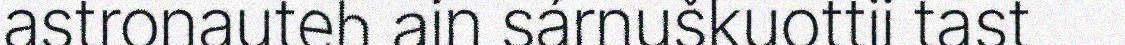
astronauteh ain sárnuškuottii tast